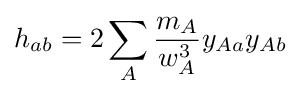
h_{ab}=2\sum _{A}{\frac {m_{A}}{w_{A}^{3}}}y_{Aa}y_{Ab}